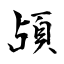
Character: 頕